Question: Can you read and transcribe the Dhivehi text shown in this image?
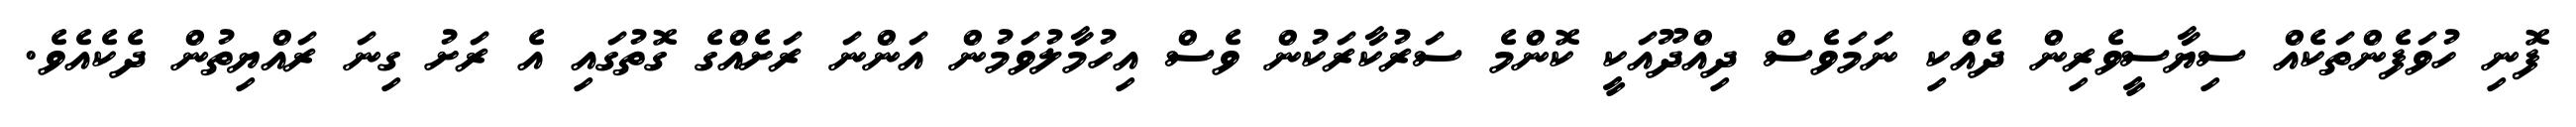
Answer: ފޮނި ހުވަފެންތަކެއް ސިޔާސީވެރިން ދެއްކި ނަމަވެސް ދިއްދޫއަކީ ކޮންމެ ސަރުކާރަކުން ވެސް އިހުމާލުވަމުން އަންނަ ރަށެއްގެ ގޮތުގައި އެ ރަށު ގިނަ ރައްޔިތުން ދެކެއެވެ.